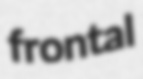
frontal